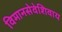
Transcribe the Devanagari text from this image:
विमानसेवेशिवाय